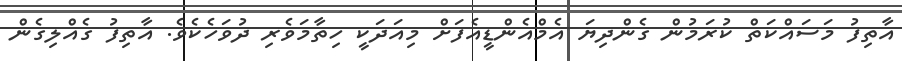
އާތިފު މަސައްކަތް ކުރަމުން ގެންދިޔަ އެމްއެންޑީއެފަށް މިއަދަކީ ހިތާމަވެރި ދުވަހެކެވެ. އާތިފު ގެއްލިގެން